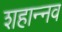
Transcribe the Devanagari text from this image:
शहान्‍नव